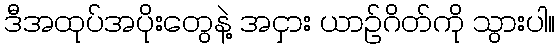
ဒီအထုပ်အပိုးတွေနဲ့ အငှား ယာဉ်ဂိတ်ကို သွားပါ။